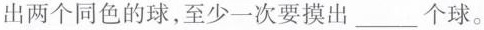
出两个同色的球，至少一次要摸出___个球。